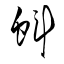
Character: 蚪